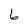
Character: 6